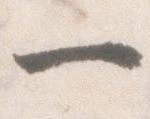
一